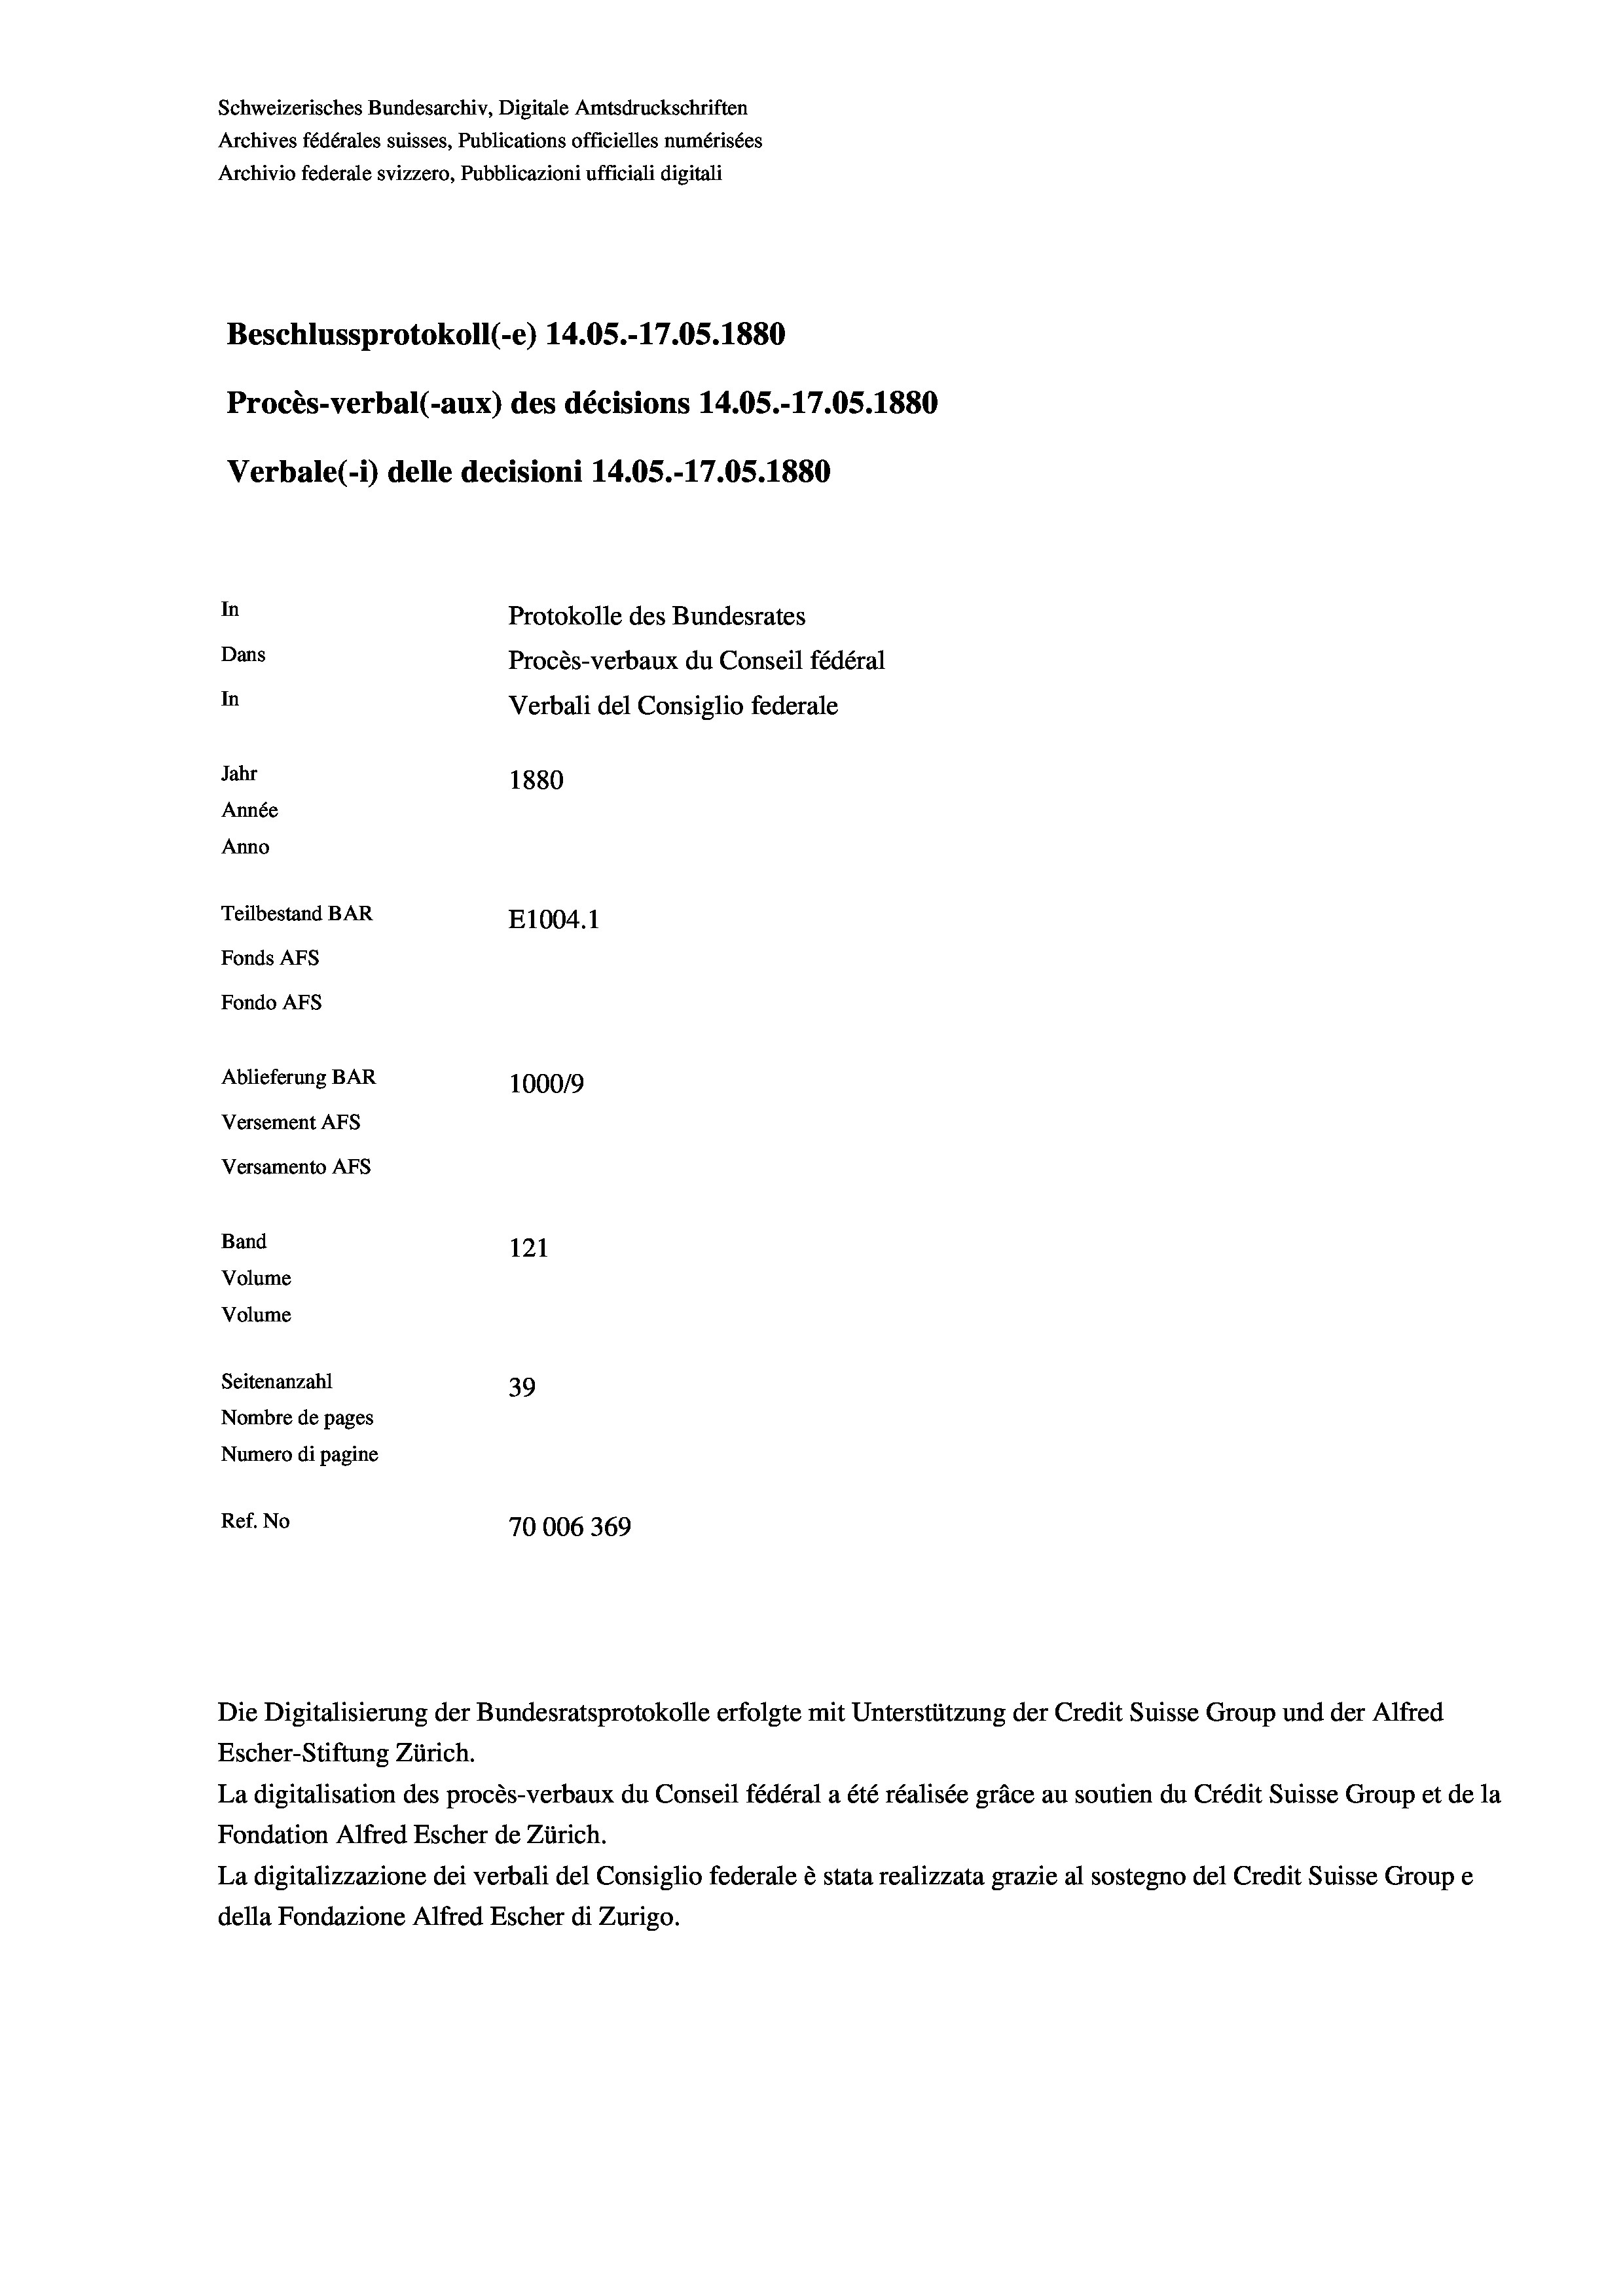
Schweizerisches Bundesarchiv, Digitale Amtsdruckschriften
Archives fédérales suisses, Publications officielles numérisées
Archivio federale svizzero, Pubblicazioni ufficiali digitali
Beschlussprotokoll (-e) 14.05.-17.05. 1880
Procès-verbal (-aux) des décisions 14.05.-17.05.1880
Verbale(- 1) delle decisioni 14.05.-17.05. 1880
In
Protokolle des Bundesrates
Dans
Procès-verbaux du Conseil fédéral
In
Verbali del Consiglio federale
Jahr
1880
Année
Anno
Teilbestand BAR
E1004. 1
Fonds AFs
Fondo Afs
Ablieferung BAR
1000/9
Versement AFs

Versamento Afs
Band
Volume
Volume

121
Seitenanzahl
39
Nombre de pages
Numero di pagine
Ref. No
70006 369

Die Digitalisierung der Bundesratsprotokolle erfolgte mit Unterstützung der Credit Suisse Group und der Alfred
Escher-Stiftung Zürich.
La digitalisation des procès-verbaux du Conseil fédéral a été réalisée gräce au soutien du Crédit Suisse Group et de la
Fondation Alfred Escher de Zürich.
La digitalizzazione dei verbali del Consiglio federale è stata realizzata grazie al sostegno del Credit Suisse Groupe
della Fondazione Alfred Escher di Zurigo.